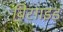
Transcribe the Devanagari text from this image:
बिसाइड